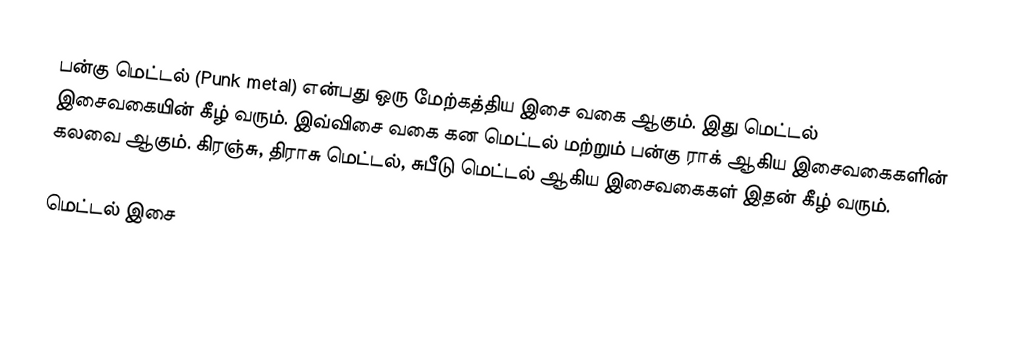
பன்கு மெட்டல் (Punk metal) என்பது ஒரு மேற்கத்திய இசை வகை ஆகும். இது மெட்டல் இசைவகையின் கீழ் வரும். இவ்விசை வகை கன மெட்டல் மற்றும் பன்கு ராக் ஆகிய இசைவகைகளின் கலவை ஆகும். கிரஞ்சு, திராசு மெட்டல், சுபீடு மெட்டல் ஆகிய இசைவகைகள் இதன் கீழ் வரும்.

மெட்டல் இசை